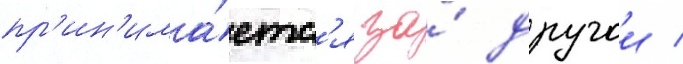
пр'ин'има́етс'я за́ другои /